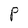
Character: P